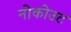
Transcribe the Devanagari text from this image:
नोकोउट